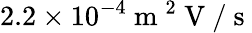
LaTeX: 2.2\times 10^{-4}\mathrm{~m~}^{2}\mathrm{~V~}/\mathrm{~s~}